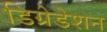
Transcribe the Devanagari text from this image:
डिग्रेडेशन